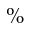
\%